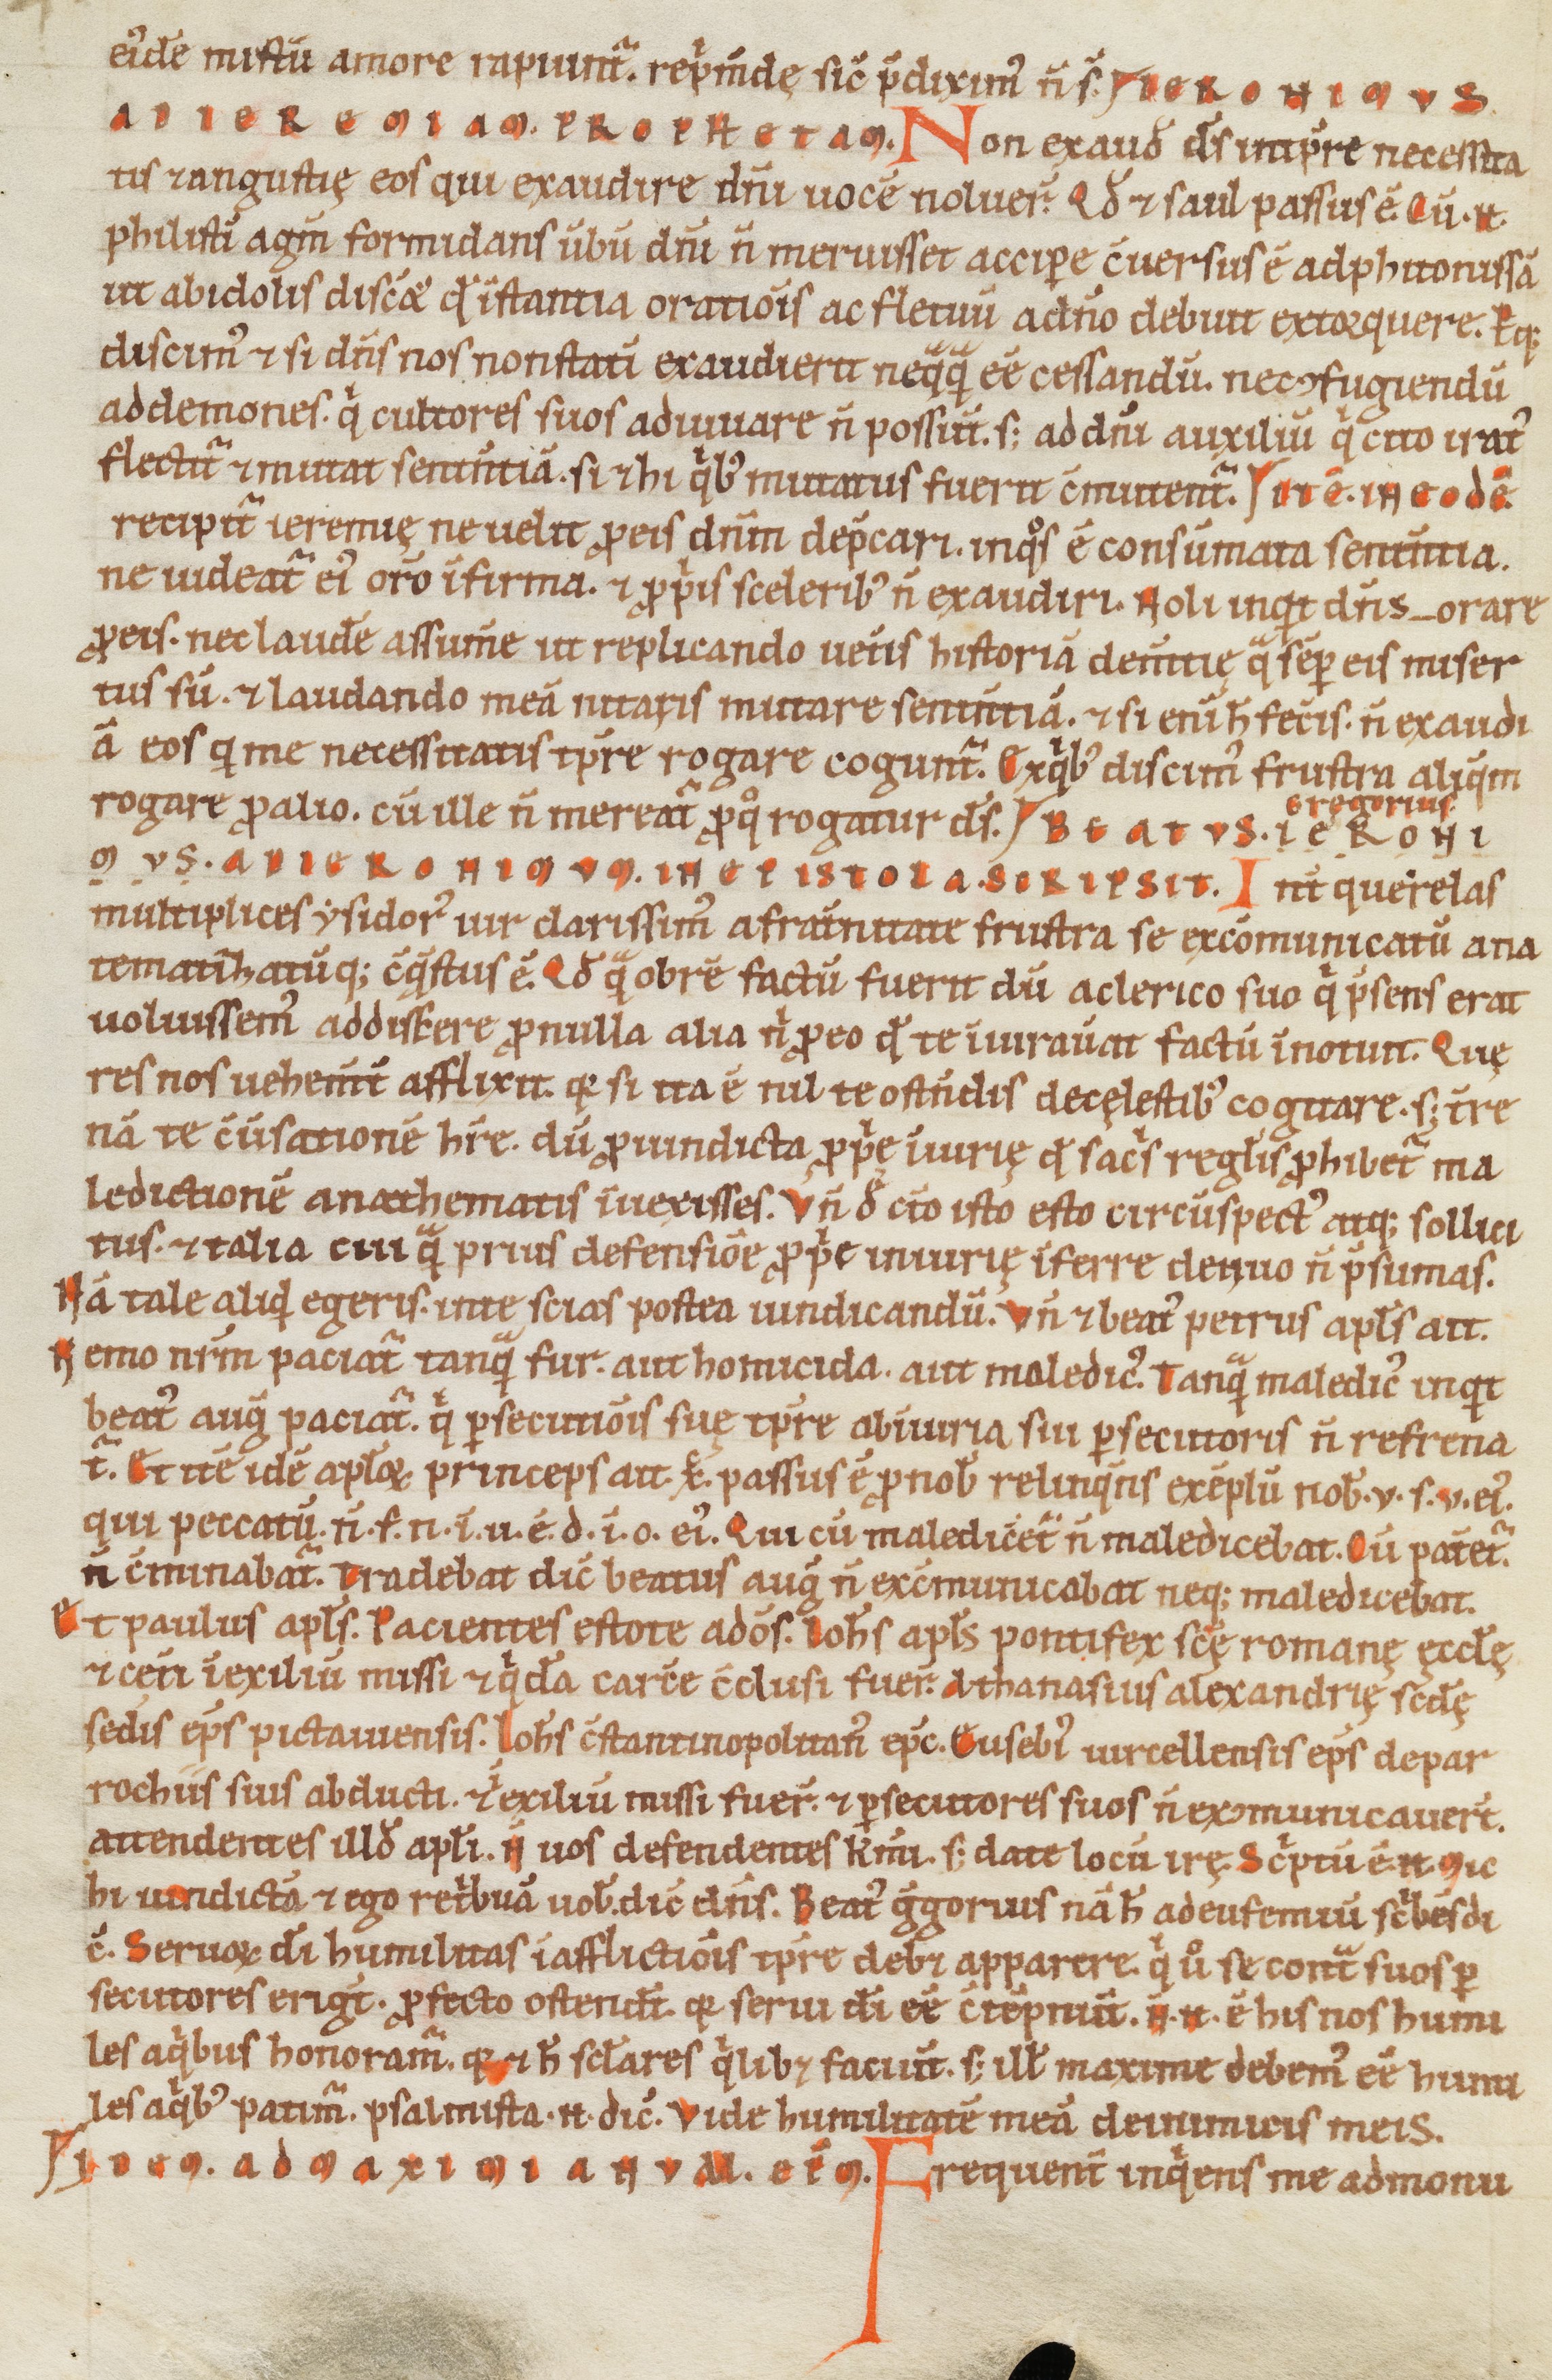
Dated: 1100–1199